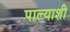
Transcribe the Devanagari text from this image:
पाल्याशी